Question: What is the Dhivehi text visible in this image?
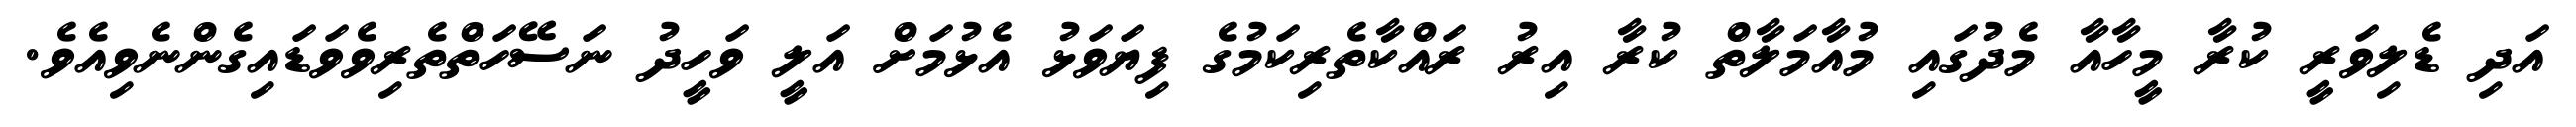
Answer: އަދި ޑެލިވަރީ ކުރާ މީހާއާ މެދުގައި މުއާމަލާތް ކުރާ އިރު ރައްކާތެރިކަމުގެ ފިޔަވަޅު އެޅުމަށް އަލީ ވަހީދު ނަސޭހަތްތެރިވެވަޑައިގެންނެވިއެވެ.